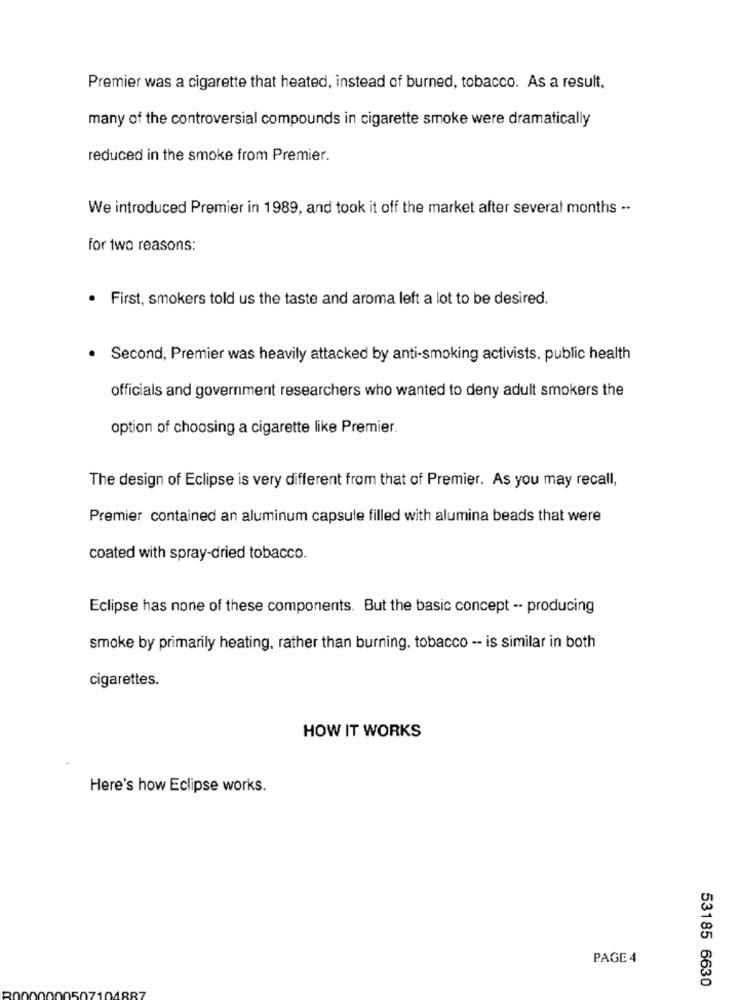
Premier was a cigarette that heated, instead of burned, tobacco. As a result,
many of the controversial compounds in cigarette smoke were dramatically
reduced in the smoke from Premier.
We introduced Premier in 1989, and took it off the market after several months ..
for two reasons:
. First, smokers told us the taste and aroma left a lot to be desired.
. Second, Premier was heavily attacked by anti-smoking activists. public health
officials and government researchers who wanted to deny adult smokers the
option of choosing a cigarette like Premier.
The design of Eclipse is very different from that of Premier. As you may recall,
Premier contained an aluminum capsule filled with alumina beads that were
coated with spray-dried tobacco.
Eclipse has none of these components. But the basic concept -- producing
smoke by primarily heating, rather than burning, tobacco -- is similar in both
cigarettes.
HOW IT WORKS
Here's how Eclipse works.
PAGE 4
53185 6630